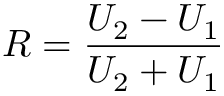
R = \frac { U _ { 2 } - U _ { 1 } } { U _ { 2 } + U _ { 1 } }